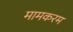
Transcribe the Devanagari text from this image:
मामकरम